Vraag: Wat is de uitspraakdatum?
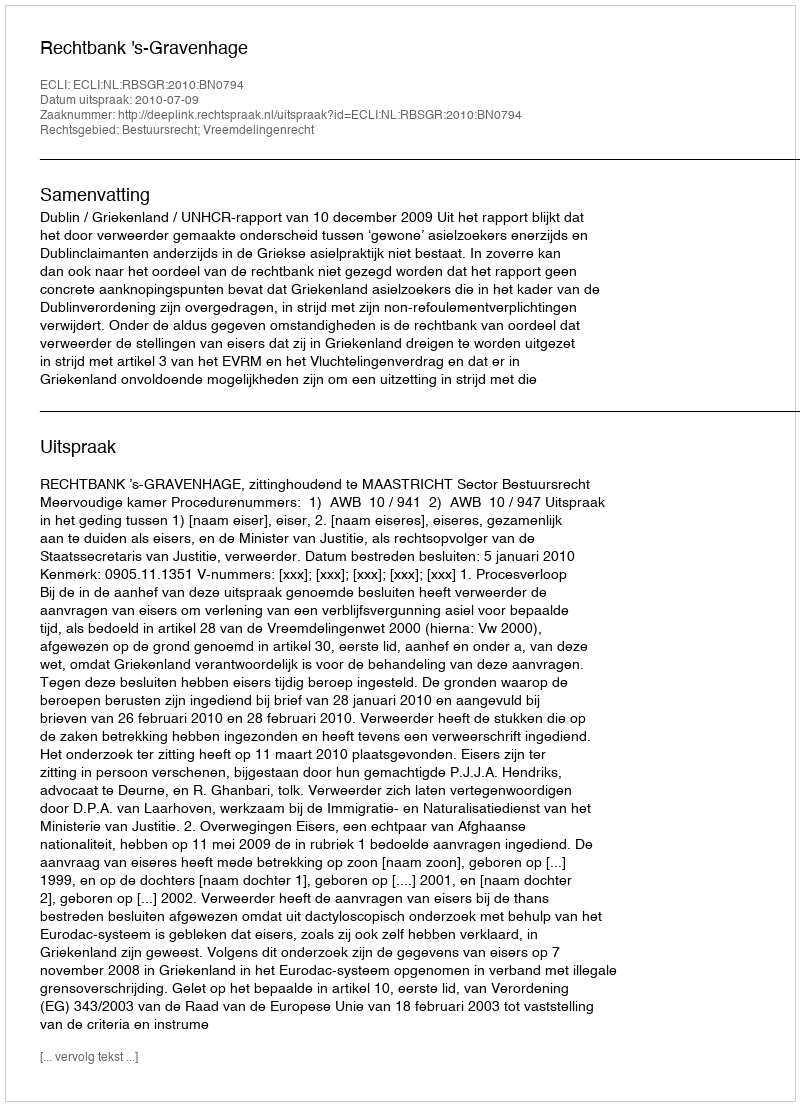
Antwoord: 2010-07-09